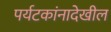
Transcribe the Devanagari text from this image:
पर्यटकांनादेखील